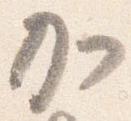
加